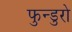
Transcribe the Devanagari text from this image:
फुन्डुरो